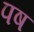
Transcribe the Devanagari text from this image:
पष